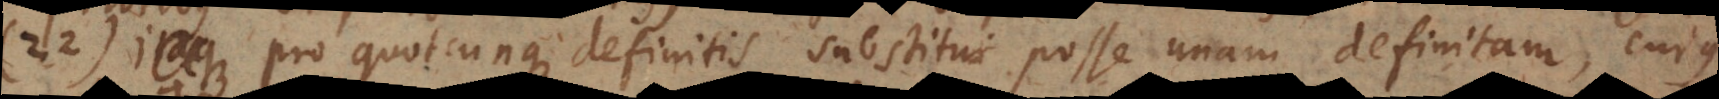
22) Pro quotcunque definitis substitui posse unam definitam, cujus